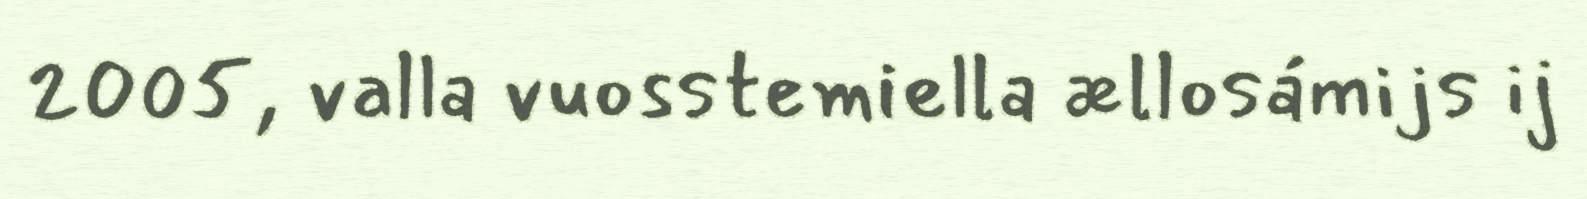
2005, valla vuosstemiella ællosámijs ij